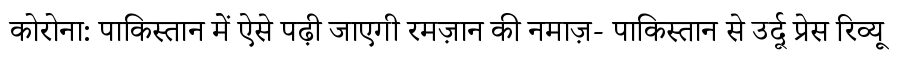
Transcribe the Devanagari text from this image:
कोरोना: पाकिस्तान में ऐसे पढ़ी जाएगी रमज़ान की नमाज़- पाकिस्तान से उर्दू प्रेस रिव्यू